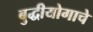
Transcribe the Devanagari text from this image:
बुद्धीयोगाचे